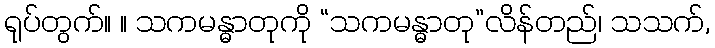
ရုပ်တွက်။ ။ သကမန္ဓာတုကို “သကမန္ဓာတု”လိန်တည်၊ သသက်,